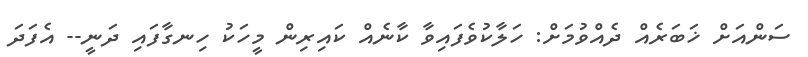
ސަންއަށް ޚަބަރެއް ދެއްވުމަށް: ހަލާކުވެފައިވާ ކާނެއް ކައިރިން މީހަކު ހިނގާފައި ދަނީ-- އެފަދަ